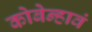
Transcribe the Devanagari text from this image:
कोबेन्हावं